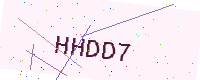
Text: HHDD7